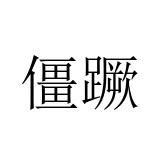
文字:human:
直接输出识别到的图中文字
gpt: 僵蹶